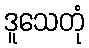
ဒူသေတုံ